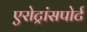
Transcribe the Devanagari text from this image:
एरोट्रांसपोर्ट